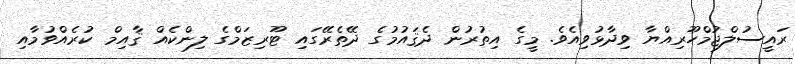
ރައީސުލްޖުމްހޫރިއްޔާ ވިދާޅުވިއެވެ. މީގެ އިތުރުން ދެޤައުމުގެ ދޭތެރޭގައި ޓޫރިޒަމްގެ ލިންކެއް ޤާއިމް ކުރެއްވުމާއި